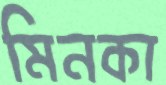
মিনকা